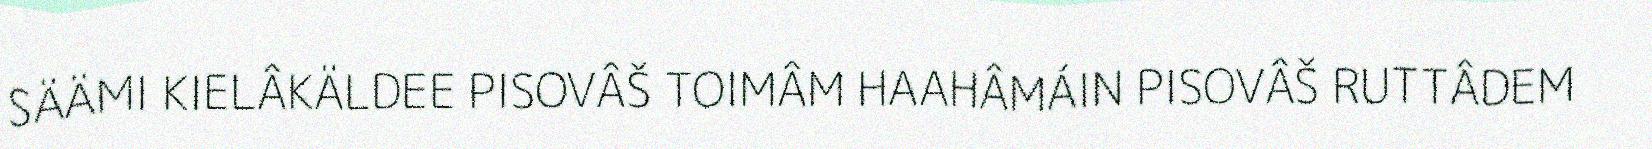
SÄÄMI KIELÂKÄLDEE PISOVÂŠ TOIMÂM HAAHÂMÁIN PISOVÂŠ RUTTÂDEM